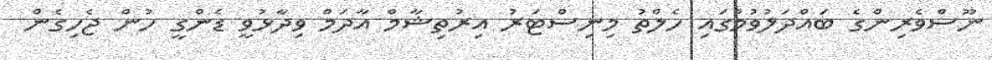
ނޫސްވެރިންގެ ބައްދަލުވުމުގައި ހެލްތު މިނިސްޓަރު އިރުތިޝާމް އާދަމް ވިދާޅުވީ ޑެންގީ ހުން ޖެހިގެން